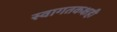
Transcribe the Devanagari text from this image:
स्वागतकक्षही